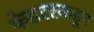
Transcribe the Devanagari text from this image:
फेडररकडून